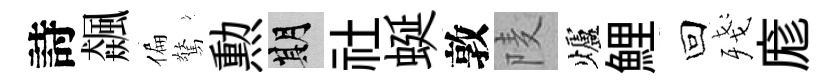
詩飆偏驚勲期社蜒敦𨹧爐鯉回殘庬